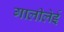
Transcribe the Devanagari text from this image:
गालीलेई